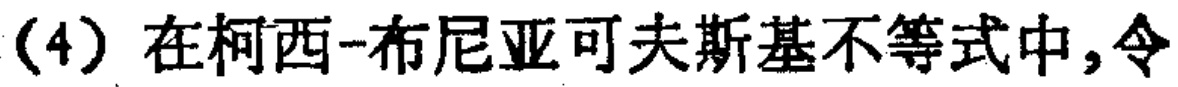
（4）在柯西-布尼亚可夫斯基不等式中，令